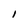
Character: I